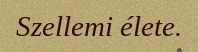
Szellemi élete.